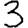
Digit: 3